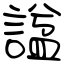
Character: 諡